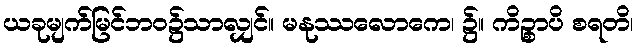
ယခုမျက်မြင်ဘဝ၌သာလျှင်။ မနုဿလောကေ၊ ၌။ ကိဉ္စာပိ စရတိ၊